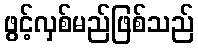
ဖွင့်လှစ်မည်ဖြစ်သည်